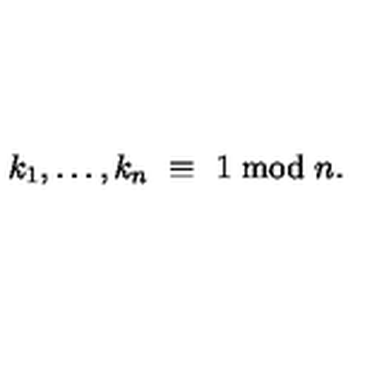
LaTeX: k _ { 1 } , \ldots , k _ { n } \ \equiv \ 1 \bmod n .